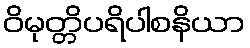
ဝိမုတ္တိပရိပါစနိယာ